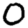
Digit: 0